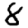
Digit: 8